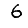
Digit: 6